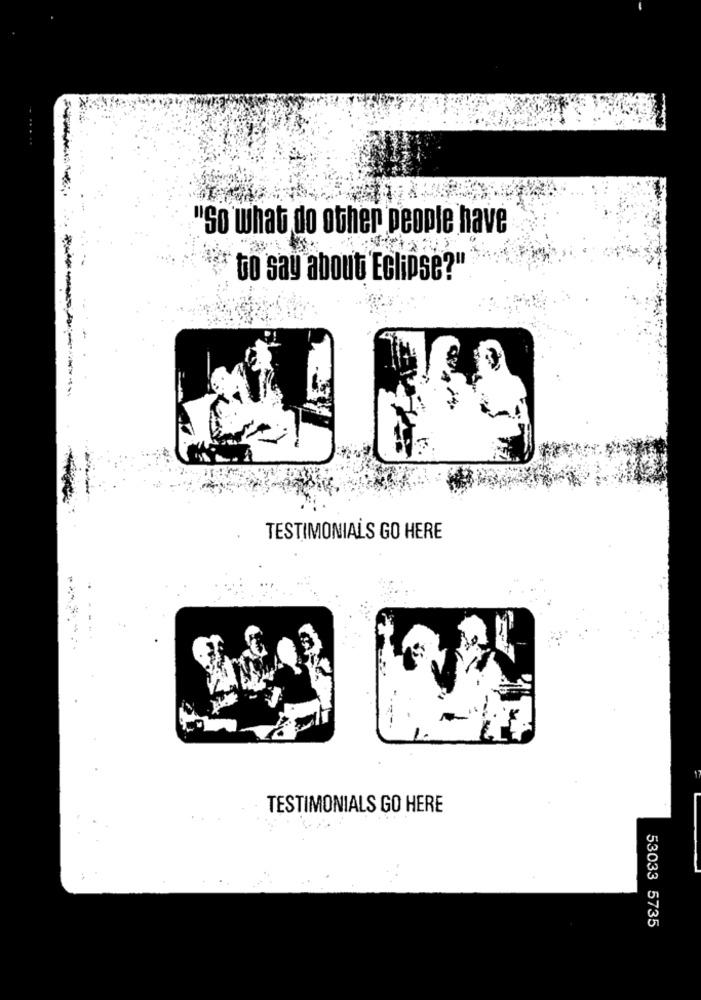
"So what do other people have
to say about Eclipse?"
-
TESTIMONIALS GO HERE
TESTIMONIALS GO HERE
53033 5735